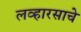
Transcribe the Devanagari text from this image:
लव्हारसाचे